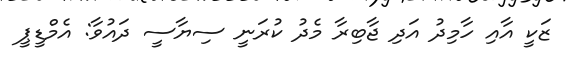
ޒަކީ އާއި ހާމިދު އަދި ޖާބިރާ މެދު ކުރަނީ ސިޔާސީ ދައުވާ: އެމްޑީޕީ